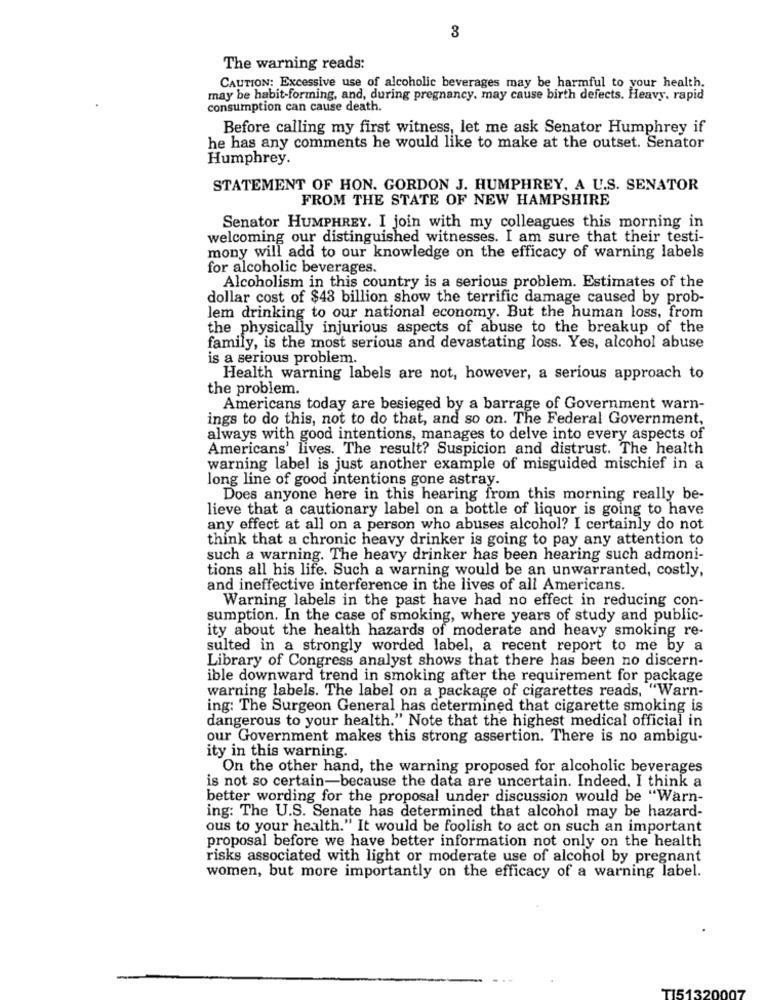
3
The warning reads:
CAUTION: Excessive use of alcoholic beverages may be harmful to your health.
may be habit-forming, and, during pregnancy, may cause birth defects. Heavy, rapid
consumption can cause death.
Before calling my first witness, let me ask Senator Humphrey if
he has any comments he would like to make at the outset. Senator
Humphrey.
STATEMENT OF HON. GORDON J. HUMPHREY, A U.S. SENATOR
FROM THE STATE OF NEW HAMPSHIRE
Senator HUMPHREY. I join with my colleagues this morning in
welcoming our distinguished witnesses. I am sure that their testi-
mony will add to our knowledge on the efficacy of warning labels
for alcoholic beverages.
Alcoholism in this country is a serious problem. Estimates of the
dollar cost of $43 billion show the terrific damage caused by prob-
lem drinking to our national economy. But the human loss, from
the physically injurious aspects of abuse to the breakup of the
family, is the most serious and devastating loss. Yes, alcohol abuse
is a serious problem.
Health warning labels are not, however, a serious approach to
the problem.
Americans today are besieged by a barrage of Government warn-
ings to do this, not to do that, and so on. The Federal Government,
always with good intentions, manages to delve into every aspects of
Americans' lives. The result? Suspicion and distrust. The health
warning label is just another example of misguided mischief in a
long line of good intentions gone astray.
Does anyone here in this hearing from this morning really be-
lieve that a cautionary label on a bottle of liquor is going to have
any effect at all on a person who abuses alcohol? I certainly do not
think that a chronic heavy drinker is going to pay any attention to
such a warning. The heavy drinker has been hearing such admoni-
tions all his life. Such a warning would be an unwarranted, costly,
and ineffective interference in the lives of all Americans.
Warning labels in the past have had no effect in reducing con-
sumption. In the case of smoking, where years of study and public-
ity about the health hazards of moderate and heavy smoking re-
sulted in a strongly worded label, a recent report to me by a
Library of Congress analyst shows that there has been no discern-
ible downward trend in smoking after the requirement for package
warning labels. The label on a package of cigarettes reads, "Warn-
ing: The Surgeon General has determined that cigarette smoking is
dangerous to your health." Note that the highest medical official in
our Government makes this strong assertion. There is no ambigu-
ity in this warning.
On the other hand, the warning proposed for alcoholic beverages
is not so certain-because the data are uncertain. Indeed, I think a
better wording for the proposal under discussion would be "Warn-
ing: The U.S. Senate has determined that alcohol may be hazard-
ous to your health." It would be foolish to act on such an important
proposal before we have better information not only on the health
risks associated with light or moderate use of alcohol by pregnant
women, but more importantly on the efficacy of a warning label.